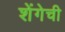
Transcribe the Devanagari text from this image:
शेंगेची